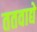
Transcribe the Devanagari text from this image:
ततवाद्ये